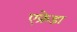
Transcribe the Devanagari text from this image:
एफ्रेडा